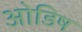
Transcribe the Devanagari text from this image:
ओडिष